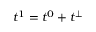
t ^ { 1 } = t ^ { 0 } + t ^ { \perp }